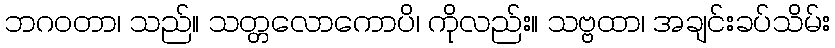
ဘဂဝတာ၊ သည်။ သတ္တလောကောပိ၊ ကိုလည်း။ သဗ္ဗထာ၊ အချင်းခပ်သိမ်း